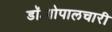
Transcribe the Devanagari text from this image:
डॉ॰गोपालचारी